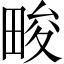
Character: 畯